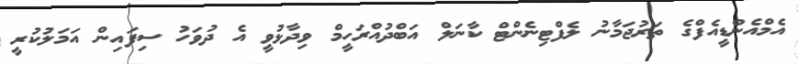
އެމްއެންޑީއެފްގެ ތަރުޖަމާނު ލެފްޓިނެންޓް ކާނަލް އަބްދުއްރަހީމް ވިދާޅުވީ އެ ދުވަހު ސިފައިން އަމަލުކުރީ